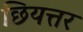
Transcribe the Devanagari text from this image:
छियत्तर